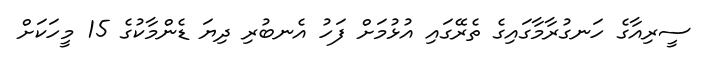
ސީރިއާގެ ހަނގުރާމާގައިގެ ތެރޭގައި އުޅުމަށް ފަހު އެނބުރި ދިޔަ ޑެންމާކުގެ 15 މީހަކަށް